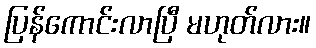
ပြန်ကောင်းလာပြီ မဟုတ်လား။